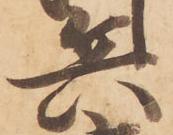
兵